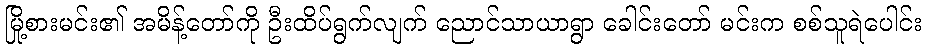
မြို့စားမင်း၏ အမိန့်တော်ကို ဦးထိပ်ရွက်လျက် ညောင်သာယာရွာ ခေါင်းတော် မင်းက စစ်သူရဲပေါင်း